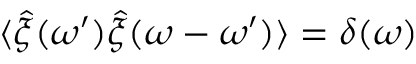
\langle \hat { \xi } ( \omega ^ { \prime } ) \hat { \xi } ( \omega - \omega ^ { \prime } ) \rangle = \delta ( \omega )